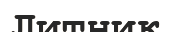
Литник